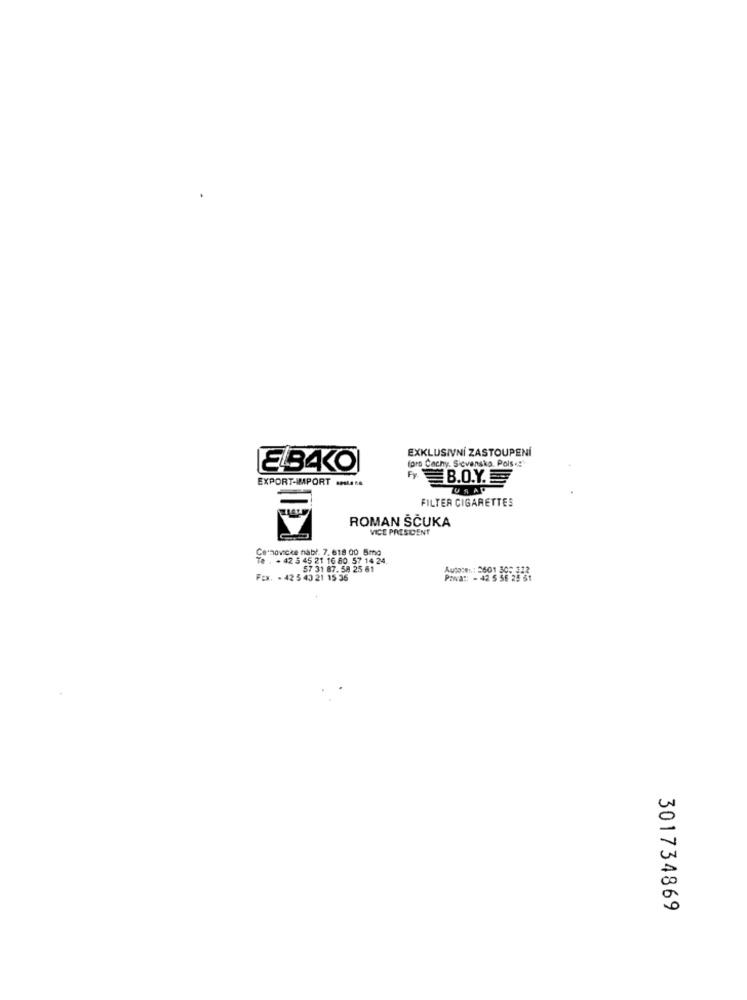
EXKLUSIVNÍ ZASTOUPENÍ
foro Cachy. Sicvansko. Pols .:
ELBAK0
EXPORT-IMPORT ......
B.O.Y.
FILTER CIGARETTES
ROMAN ŠČUKA
VICE PRESIDENT
Cenovicke nabl. 7. 618 00 5mg
. . 42 5 45 21 16 80 57 14 24.
57 31 87. 58 25 61
Autocen: 2601 305 123
Fox. . 42 5 40 21 15 36
Powa :: - 42 5 SE 25 81
301734869